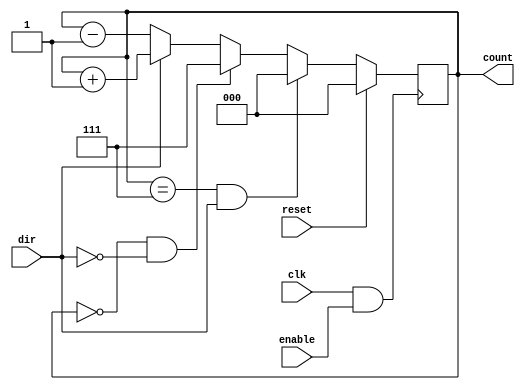
module counter(clk, reset, enable, dir, count);
  input clk, reset, enable, dir;
  output reg[2:0] count;
  
  always @ (posedge clk && (enable == 1'b1)) begin // enable must be on in order for counting to begin
    if (reset == 1'b0) begin
      if (count == 3'b111 && dir == 1'b1) begin // 7 -> 0 when counting up
        count <= 3'b000;
      end
      else if (count == 3'b000 && dir == 1'b0) begin // 0 -> 7 when counting down
        count <= 3'b111;
      end
      else begin
        count <= (dir == 1'b1) ? count + 1'b1 : count - 1'b1;
      end
    end
    else begin
      count <= 3'b000;
    end
  end 
endmodule